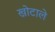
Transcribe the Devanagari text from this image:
खोटाले